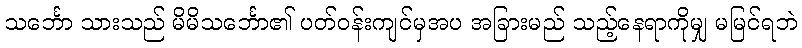
သင်္ဘော သားသည် မိမိသင်္ဘော၏ ပတ်ဝန်းကျင်မှအပ အခြားမည် သည့်နေရာကိုမျှ မမြင်ရဘဲ